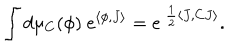
LaTeX: \int d \mu _ { C } ( \phi ) \ e ^ { \langle \phi , J \rangle } = e ^ { \ \frac { 1 } { 2 } \langle J , C J \rangle } .